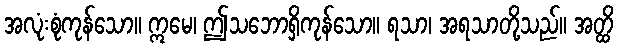
အလုံးစုံကုန်သော။ ဣမေ၊ ဤသဘောရှိကုန်သော။ ရသာ၊ အရသာတို့သည်။ အတ္ထိ